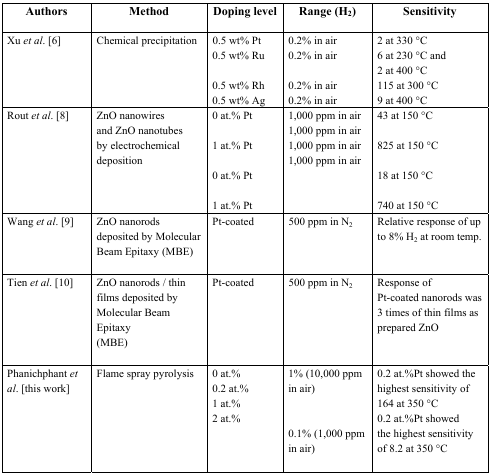
| Authors | Method | Doping level | Range (H2) | Sensitivity |
 | --- | --- | --- | --- | --- |
 | <ROWSPAN=4> Xu et al. [6] | <ROWSPAN=4> Chemical precipitation | 0.5 wt% Pt | 0.2% in air | 2 at 330 °C |
 | 0.5 wt% Ru | 0.2% in air | 6 at 230 °C and 2 at 400 °C |
 | 0.5 wt% Rh | 0.2% in air | 115 at 300 °C |
 | 0.5 wt% Ag | 0.2% in air | 9 at 400 °C |
 | <ROWSPAN=6> Rout et al. [8] | <ROWSPAN=6> ZnO nanowires and ZnO nanotubes by electrochemical deposition | 0 at.% Pt | 1,000 ppm in air | 43 at 150 °C |
 |  | 1,000 ppm in air |  |
 | 1 at.% Pt | 1,000 ppm in air | 825 at 150 °C |
 |  | 1,000 ppm in air |  |
 | 0 at.% Pt |  | 18 at 150 °C |
 | 1 at.% Pt |  | 740 at 150 °C |
 | Wang et al. [9] | ZnO nanorods deposited by Molecular Beam Epitaxy (MBE) | Pt-coated | 500 ppm in N2 | Relative response of up to 8% H2 at room temp. |
 | Tien et al. [10] | ZnO nanorods / thin films deposited by Molecular Beam Epitaxy (MBE) | Pt-coated | 500 ppm in N2 | Response of Pt-coated nanorods was 3 times of thin films as prepared ZnO |
 | <ROWSPAN=5> Phanichphant et al. [this work] | <ROWSPAN=5> Flame spray pyrolysis | 0 at.% | <ROWSPAN=4> 1% (10,000 ppm in air) | <ROWSPAN=3> 0.2 at.%Pt showed the highest sensitivity of 164 at 350 °C |
 | 0.2 at.% |
 | 1 at.% |
 | <ROWSPAN=2> 2 at.% | <ROWSPAN=2> 0.2 at.%Pt showed the highest sensitivity of 8.2 at 350 °C |
 | 0.1% (1,000 ppm in air) |